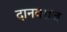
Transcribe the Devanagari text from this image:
दानवराज